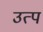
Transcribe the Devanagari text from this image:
उत्प